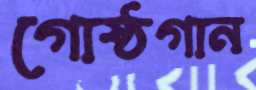
গোষ্ঠগান